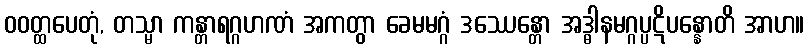
ဝဝတ္ထပေတုံ, တသ္မာ ကန္တာရဂ္ဂဟဏံ အကတွာ ခေမမဂ္ဂံ ဒဿေန္တော အဒ္ဓါနမဂ္ဂပ္ပဋိပန္နောတိ အာဟ။